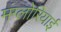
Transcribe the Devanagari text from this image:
मंग्लोरियाई